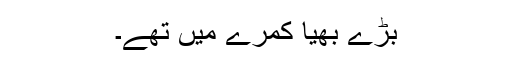
بڑے بھیا کمرے میں تھے۔